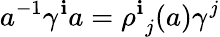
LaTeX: a^{-1}\gamma^{\mathbf{i}}a={\rho^{\mathbf{i}}}_{j}(a)\gamma^{j}